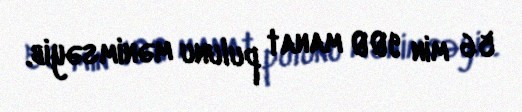
56 min 900 manat pulunu mənimsəyib.